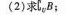
（2）求C_{\vartheta }B;